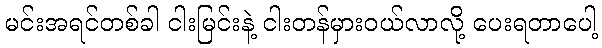
မင်းအရင်တစ်ခါ ငါးမြင်းနဲ့ ငါးတန်မှားဝယ်လာလို့ ပေးရတာပေါ့